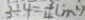
3 \div 4 = \frac { 3 } { 4 } ( m ^ { 2 } )